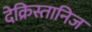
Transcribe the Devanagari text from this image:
देक्रिस्तानिज